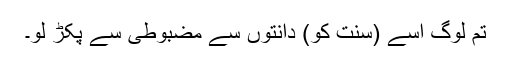
تم لوگ اسے (سنت کو) دانتوں سے مضبوطی سے پکڑ لو۔